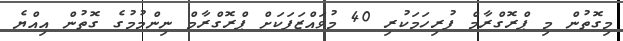
މިގޮތުން މި ޕްރޮގްރާމް ފުރިހަމަކުރި 40 މުވައްޒަފަކަށް ޕްރޮގްރާމް ނިންމުމުގެ ގޮތުން އިއްޔެ